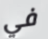
في